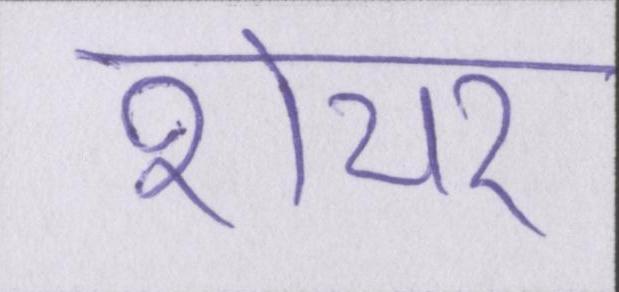
शेयर